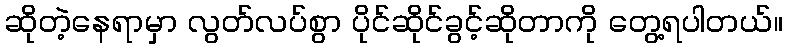
ဆိုတဲ့နေရာမှာ လွတ်လပ်စွာ ပိုင်ဆိုင်ခွင့်ဆိုတာကို တွေ့ရပါတယ်။